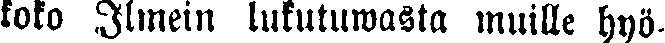
koko Ilmein lukutuwasta muille hyö-